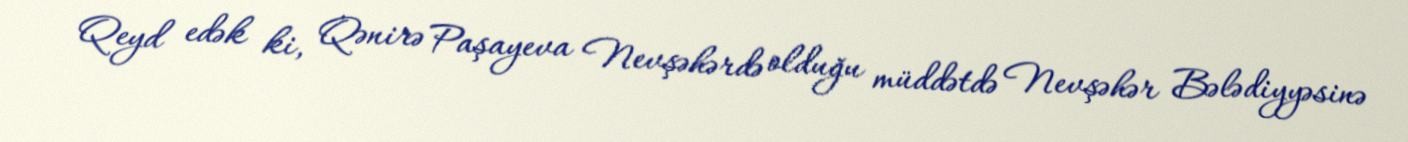
Qeyd edək ki, Qənirə Paşayeva Nevşəhərdə olduğu müddətdə Nevşəhər Bələdiyyəsinə